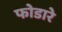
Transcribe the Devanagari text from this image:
फोडारे